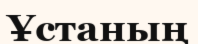
Ұстаның